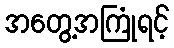
အတွေ့အကြုံရင့်